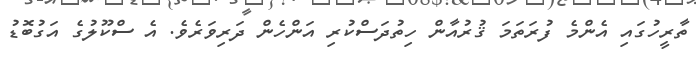
ތާރީހުގައި އެންމެ ފުރަތަމަ ޤުރުއާން ހިތުދަސްކުރި އަންހެން ދަރިވަރެވެ. އެ ސްކޫލުގެ އަގުބޮޑު